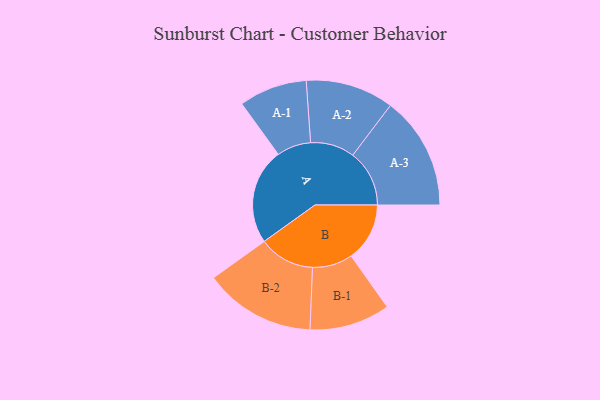
{"axis": {"x": "Segment", "y": "Value"}, "legend": ["", "A", "B"], "data": [{"x": "A", "y": 453, "type": ""}, {"x": "B", "y": 276, "type": ""}, {"x": "A-1", "y": 161, "type": "A"}, {"x": "A-2", "y": 208, "type": "A"}, {"x": "A-3", "y": 267, "type": "A"}, {"x": "B-1", "y": 190, "type": "B"}, {"x": "B-2", "y": 263, "type": "B"}]}